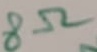
Text: 8Ω